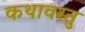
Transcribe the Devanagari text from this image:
कथावस्‍तु